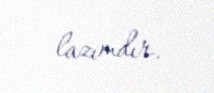
lazımdır.